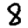
Digit: 8